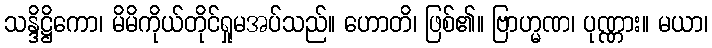
သန္ဒိဋ္ဌိကော၊ မိမိကိုယ်တိုင်ရှုမအပ်သည်။ ဟောတိ၊ ဖြစ်၏။ ဗြာဟ္မဏ၊ ပုဏ္ဏား။ မယာ၊